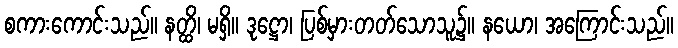
စကားကောင်းသည်။ နတ္ထိ၊ မရှိ။ ဒုဋ္ဌော၊ ပြစ်မှားတတ်သောသူ၌။ နယော၊ အကြောင်းသည်။